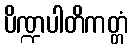
ပိဏ္ဍပါတိကတ္တံ